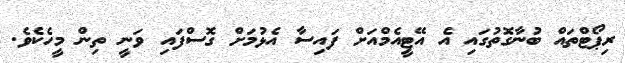
ރިޕޯޓްތައް ބުނާގޮތުގައި އެ އޭޓީއެމްއަށް ފައިސާ އެޅުމަށް ގޮސްފައި ވަނީ ތިން މީހެކެވެ.